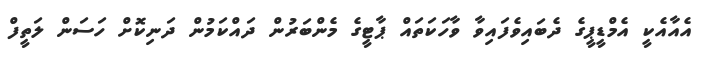
އެއާއެކީ އެމްޑީޕީގެ ދެބައިވެފައިވާ ވާހަކަތައް ޕާޓީގެ މެންބަރުން ދައްކަމުން ދަނިކޮށް ހަސަން ލަތީފް